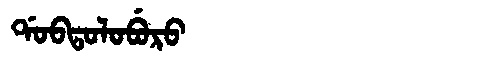
Manchu: ᡩᠣᠪᡨᠣᠯᠣᠪᡠᡵᠣ
Romanization: DOBTOLOBURO